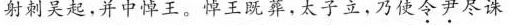
射刺吴起，并中悼王。悼王既葬，太子立，乃使令尹尽诛